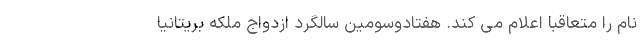
نام را متعاقبا اعلام می کند. هفتادوسومین سالگرد ازدواج ملکه بریتانیا